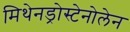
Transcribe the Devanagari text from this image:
मिथेनड्रोस्टेनोलेन